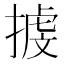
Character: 㨜